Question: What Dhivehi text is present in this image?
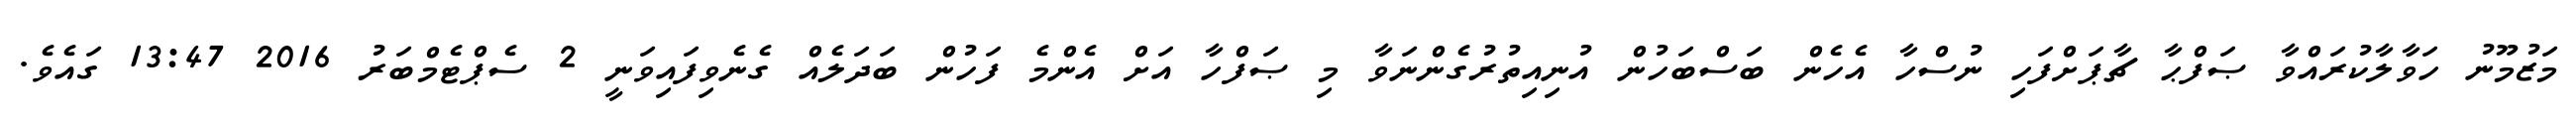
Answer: މަޒުމޫނު ހަވާލާކުރައްވާ ޞަފްޙާ ޗާޕަށްފަހި ނުސްހާ އެހެން ބަސްބަހުން އުނިއިތުރުގެންނަވާ މި ޞަފްހާ އަށް އެންމެ ފަހުން ބަދަލެއް ގެނެވިފައިވަނީ 2 ސެޕްޓެމްބަރު 2016 13:47 ގައެވެ.